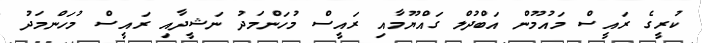
ކުރީގެ ރައީސް މައުމޫން އަބްދުލް ގައްޔޫމާއި ރައީސް މުހަންމަދު ނަޝީދާއި ރައީސް މުހަންމަދު